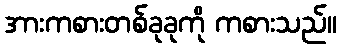
အားကစားတစ်ခုခုကို ကစားသည်။